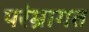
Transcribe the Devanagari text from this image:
परंम्रागत